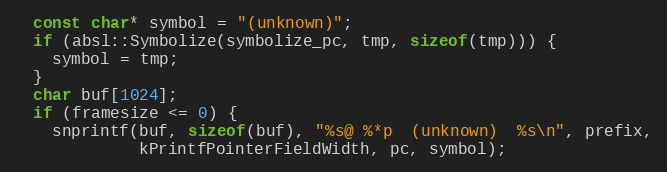
Language: C++
  const char* symbol = "(unknown)";
  if (absl::Symbolize(symbolize_pc, tmp, sizeof(tmp))) {
    symbol = tmp;
  }
  char buf[1024];
  if (framesize <= 0) {
    snprintf(buf, sizeof(buf), "%s@ %*p  (unknown)  %s\n", prefix,
             kPrintfPointerFieldWidth, pc, symbol);